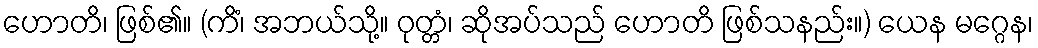
ဟောတိ၊ ဖြစ်၏။ (ကိံ၊ အဘယ်သို့။ ဝုတ္တံ၊ ဆိုအပ်သည် ဟောတိ ဖြစ်သနည်း။) ယေန မဂ္ဂေန၊